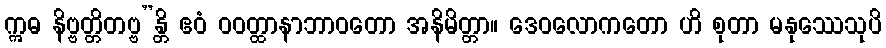
ဣဓ နိဗ္ဗတ္တိတဗ္ဗ”န္တိ ဧဝံ ဝဝတ္ထာနာဘာဝတော အနိမိတ္တာ။ ဒေဝလောကတော ဟိ စုတာ မနုဿေသုပိ